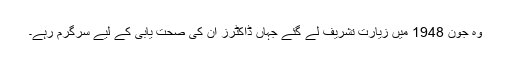
وہ جون 1948 میں زیارت تشریف لے گئے جہاں ڈاکٹرز ان کی صحت یابی کے لیے سرگرم رہے۔